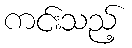
ကင်းသည့်